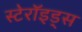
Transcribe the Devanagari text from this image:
स्टेरॉइड्स